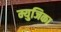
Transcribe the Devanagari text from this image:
म्युजिका